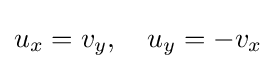
u_{x}=v_{y},\quad u_{y}=-v_{x}